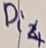
Text: Di4